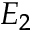
E _ { 2 }